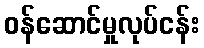
ဝန်ဆောင်မှုလုပ်ငန်း